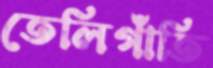
তেলিগাঁতি